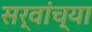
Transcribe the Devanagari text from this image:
सर्वांच्‍या